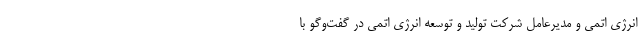
انرژی اتمی و مدیرعامل شرکت تولید و توسعه انرژی اتمی در گفت‌وگو با